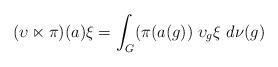
LaTeX: \begin{align*} (\upsilon\ltimes \pi)(a)\xi= \int_{G}(\pi(a(g))\;\upsilon_{g} \xi\ d\nu(g)\end{align*}